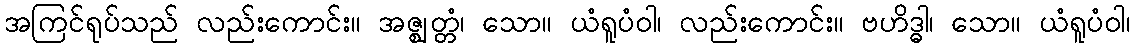
အကြင်ရုပ်သည် လည်းကောင်း။ အဇ္ဈတ္တံ၊ သော။ ယံရူပံဝါ၊ လည်းကောင်း။ ဗဟိဒ္ဓါ၊ သော။ ယံရူပံဝါ၊